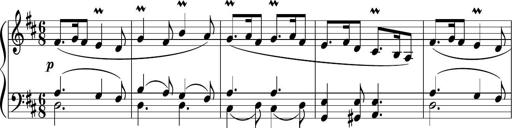
Title: 12 Keyboard Sonatinas
Composer: James Hook